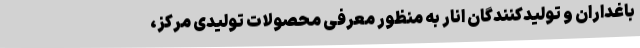
باغداران و تولیدکنندگان انار به منظور معرفی محصولات تولیدی مرکز،